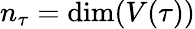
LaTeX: n_{\tau}=\dim(V(\tau))